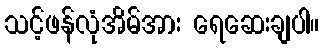
သင့်ဖန်လုံအိမ်အား ရေဆေးချပါ။